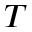
T